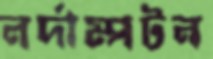
নর্দাম্পটন